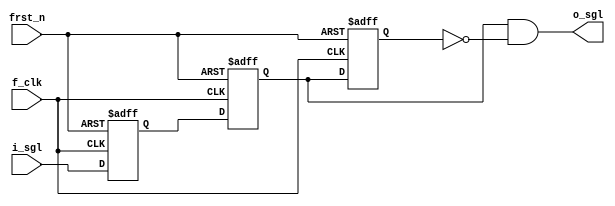
/***********************************************
#
#      Filename: slow2fast.v
#
#        Author: lixiaofei
#   Description: control signal transfer from slow clk region  synced to fast clk region
#        Create: 2019-06-03 15:36:57
#     Copyright: 302-2 Studio
***********************************************/

module slow2fast(
  output     o_sgl,            //output to fast clk region
 
  input      i_sgl,            //input from slow clk region

  input      f_clk,
  input      frst_n
);

reg          sgl_reg1;
reg          sgl_reg2;
reg          sgl_reg3;

assign o_sgl=sgl_reg2&(~sgl_reg3);

always@(posedge f_clk,negedge frst_n) begin
  if(~frst_n) begin
    sgl_reg1<=0;
    sgl_reg2<=0;
    sgl_reg3<=0;
  end
  else begin
    sgl_reg1<=i_sgl;
    sgl_reg2<=sgl_reg1;
    sgl_reg3<=sgl_reg2;
  end
end

endmodule